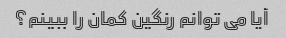
آیا می توانم رنگین کمان را ببینم؟